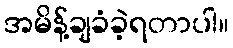
အမိန့်ချခံခဲ့ရတာပါ။